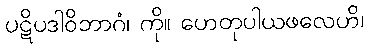
ပဋိပဒါဝိဘာဂံ၊ ကို။ ဟေတုပါယဖလေဟိ၊